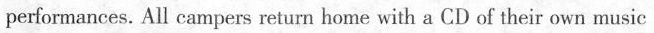
performances. All campers return home with a CD of their own music